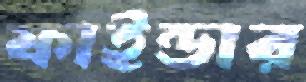
ফাইন্ডার